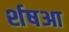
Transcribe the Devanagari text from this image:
र्शषआ